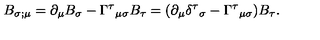
B _ { \sigma ; \mu } = \partial _ { \mu } B _ { \sigma } - \Gamma ^ { \tau } { } _ { \mu \sigma } B _ { \tau } = ( \partial _ { \mu } \delta ^ { \tau } { } _ { \sigma } - \Gamma ^ { \tau } { } _ { \mu \sigma } ) B _ { \tau } .